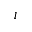
l